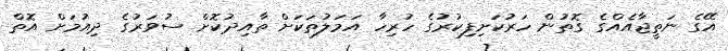
އޭގެ ނަތީޖާއެއްގެ ގޮތުން ހަރުކަށިފިކުރުގެ ހުރިހާ އަމަލުތަކަށް ތާއިދުކޮށް ސުވަރުގެ ދިއުމަށް އޮތް